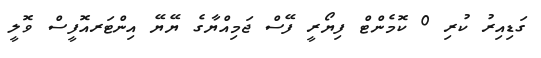
ގަޑިއިރު ކުރި 0 ކޮމެންޓް ފިޔޯރީ ފޭސް ޖަމިއްޔާގެ ޔޭޔޭ އިންޓަރއޮފީސް ވޮލީ